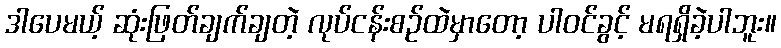
ဒါပေမယ့် ဆုံးဖြတ်ချက်ချတဲ့ လုပ်ငန်းစဉ်ထဲမှာတော့ ပါဝင်ခွင့် မရရှိခဲ့ပါဘူး။